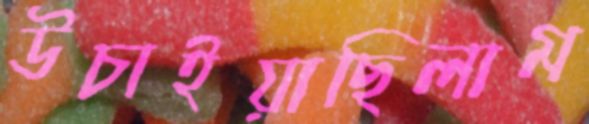
উচাইয়াছিলাম